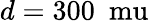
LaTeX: d=300~\mathrm{\ mu}